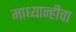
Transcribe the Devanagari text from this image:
माध्यान्हीचा